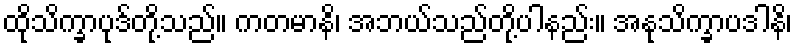
ထိုသိက္ခာပုဒ်တို့သည်။ ကတမာနိ၊ အဘယ်သည်တို့ပါနည်း။ အနုသိက္ခာပဒါနိ၊